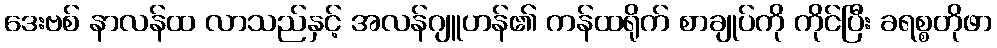
ဒေးဗစ် နာလန်ထ လာသည်နှင့် အလန်ဂျူဟန်၏ ကန်ထရိုက် စာချုပ်ကို ကိုင်ပြီး ခရစ္စတိုဖာ